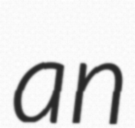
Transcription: an